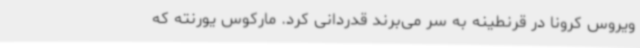
ویروس کرونا در قرنطینه به سر می‌برند قدردانی کرد. مارکوس یورنته که